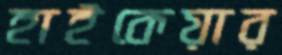
হাইকেয়ার